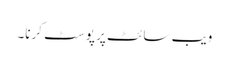
ویب سائٹ پر پوسٹ کرنا۔